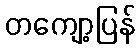
တကျော့ပြန်